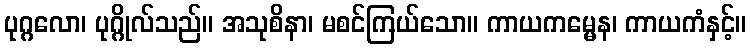
ပုဂ္ဂလော၊ ပုဂ္ဂိုလ်သည်။ အသုစိနာ၊ မစင်ကြယ်သော။ ကာယကမ္မေန၊ ကာယကံနှင့်။